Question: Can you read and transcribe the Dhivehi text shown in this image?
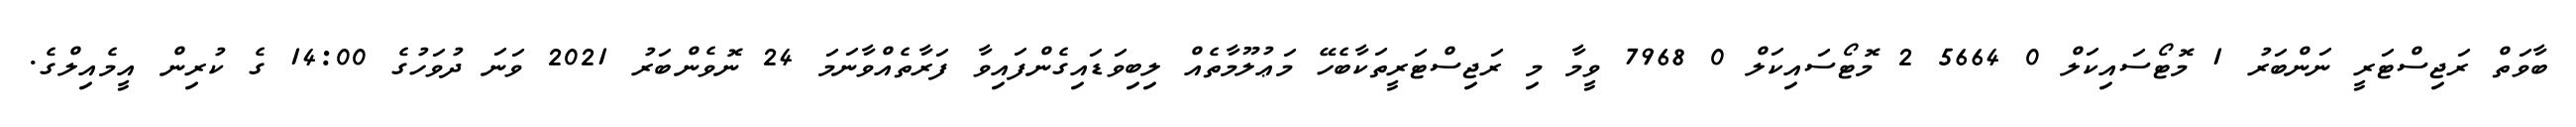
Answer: ބާވަތް ރަޖިސްޓަރީ ނަންބަރު 1 މޮޓޯސައިކަލް 0 5664 2 މޮޓޯސައިކަލް 0 7968 ވީމާ މި ރަޖިސްޓަރީތަކާބެހޭ މަޢުލޫމާތެއް ލިބިވަޑައިގެންފައިވާ ފަރާތެއްވާނަމަ 24 ނޮވެންބަރު 2021 ވަނަ ދުވަހުގެ 14:00 ގެ ކުރިން އީމެއިލްގެ.